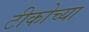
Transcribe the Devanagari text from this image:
टीकोच्या